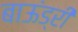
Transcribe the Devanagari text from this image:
बाऊंड्री